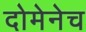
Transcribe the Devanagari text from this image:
दोमेनेच